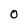
Character: 0